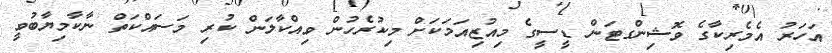
އަހަރު އެމެރިކާގެ ވޮޝިންގޓަން ޑީސީގެ މިއުޒިއަމަކަށް މިކުރެހުން ވިއްކާލަން ކުރި މަސައްކަތް ނާކާމިޔާބުވީ